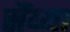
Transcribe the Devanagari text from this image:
सैंय्या